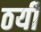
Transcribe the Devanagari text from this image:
ठयी